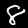
Digit: 8